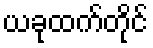
ယခုထက်တိုင်